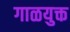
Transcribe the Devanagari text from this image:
गाळयुक्त